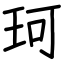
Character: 珂